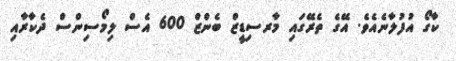
ކާގޯ އުފުލާނެއެވެ. އޭގެ ތެރޭގައި މާރސިޑީޒް ބެންޒް 600 އެސް ލިމޯސިންސް ދެކާރާއި